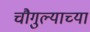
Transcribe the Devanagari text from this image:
चौगुल्याच्या